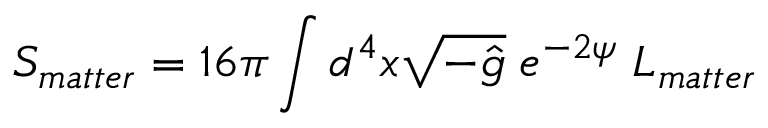
S _ { m a t t e r } = 1 6 \pi \int d ^ { 4 } x \sqrt { - \hat { g } } \; e ^ { - 2 \psi } \; L _ { m a t t e r }